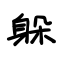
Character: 躲